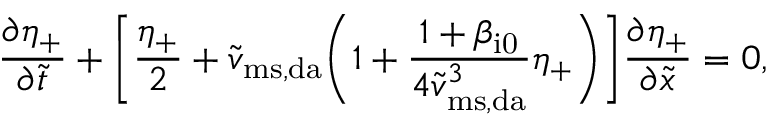
\frac { \partial \eta _ { + } } { \partial \widetilde { t } } + \biggl [ \frac { \eta _ { + } } { 2 } + \widetilde { v } _ { \mathrm { m s , d a } } \biggl ( 1 + \frac { 1 + \beta _ { \mathrm { i 0 } } } { 4 \widetilde { v } _ { \mathrm { m s , d a } } ^ { 3 } } \eta _ { + } \biggr ) \biggr ] \frac { \partial \eta _ { + } } { \partial \widetilde { x } } = 0 ,